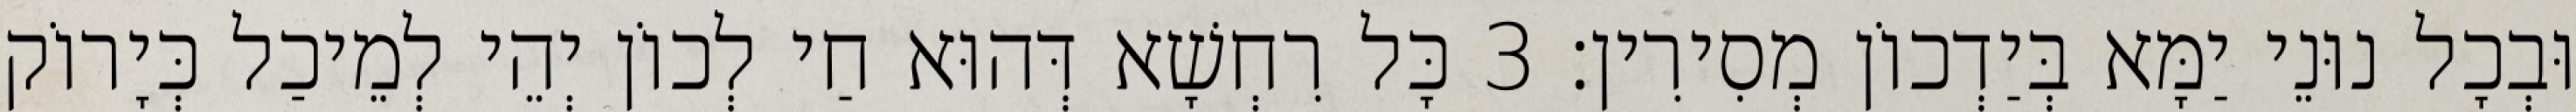
וּבְכָל נוּנֵי יַמָּא בְּיַדְכוֹן מְסִירִין׃ 3 כָּל רִחְשָׁא דְּהוּא חַי לְכוֹן יְהֵי לְמֵיכַל כְּיָרוֹק